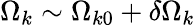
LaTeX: \Omega_{k}\sim\Omega_{k0}+\delta\Omega_{k}